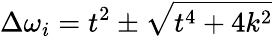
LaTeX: \Delta\omega_{i}=t^{2}\pm\sqrt{t^{4}+4k^{2}}